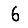
Digit: 6